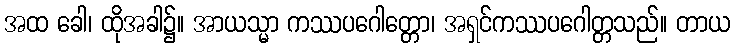
အထ ခေါ၊ ထိုအခါ၌။ အာယသ္မာ ကဿပဂေါတ္တော၊ အရှင်ကဿပဂေါတ္တသည်။ တာယ